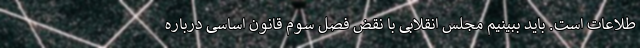
طلاعات است. باید ببینیم مجلس انقلابی با نقض فصل سوم قانون اساسی درباره